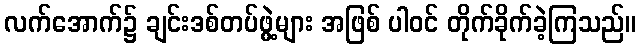
လက်အောက်၌ ချင်းဒစ်တပ်ဖွဲ့များ အဖြစ် ပါဝင် တိုက်ခိုက်ခဲ့ကြသည်။